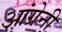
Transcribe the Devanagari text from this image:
आंग्रेनी